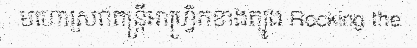
មហោស្រពតន្ត្រីអាហ្វ្រិកខាងត្បូង Rocking the